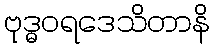
ဗုဒ္ဓဝရဒေသိတာနိ